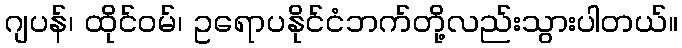
ဂျပန်၊ ထိုင်ဝမ်၊ ဥရောပနိုင်ငံဘက်တို့လည်းသွားပါတယ်။